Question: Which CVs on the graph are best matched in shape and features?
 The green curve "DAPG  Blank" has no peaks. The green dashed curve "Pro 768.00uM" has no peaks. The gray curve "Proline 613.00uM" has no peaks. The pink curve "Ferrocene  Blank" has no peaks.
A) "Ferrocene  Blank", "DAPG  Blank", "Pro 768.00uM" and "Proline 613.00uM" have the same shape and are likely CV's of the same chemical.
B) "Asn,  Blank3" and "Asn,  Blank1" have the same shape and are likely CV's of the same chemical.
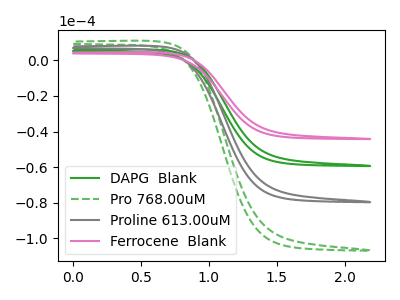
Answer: <think>Neither "DAPG  Blank" or "Pro 768.00uM" have any peaks. Neither "DAPG  Blank" or "Proline 613.00uM" have any peaks. Neither "DAPG  Blank" or "Ferrocene  Blank" have any peaks. Neither "Pro 768.00uM" or "Proline 613.00uM" have any peaks. Neither "Pro 768.00uM" or "Ferrocene  Blank" have any peaks. Neither "Proline 613.00uM" or "Ferrocene  Blank" have any peaks.
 </think>
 <answer>A) "Ferrocene  Blank", "DAPG  Blank", "Pro 768.00uM" and "Proline 613.00uM" have the same shape and are likely CV's of the same chemical.</answer>
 <eval>A</eval>